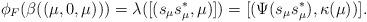
LaTeX: \begin{align*}\phi_F (\beta ( ( \mu, 0 , \mu ) ) ) = \lambda ( [ ( s_\mu s_\mu^* , \mu ) ] ) = [ ( \Psi ( s_\mu s_\mu^*) , \kappa ( \mu ) ) ].\end{align*}